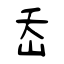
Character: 屲